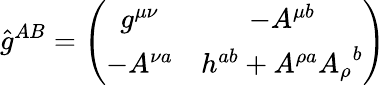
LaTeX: \hat{g}^{AB}=\left(\begin{array}{cc}{{g^{\mu\nu}}}&{{-A^{\mu b}}}\\ {{-A^{\nu a}}}&{{h^{ab}+A^{\rho a}{A_{\rho}}^{b}}}\end{array}\right)